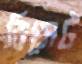
বিসেট